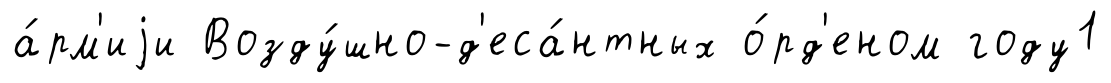
а́рм'иjи Возду́шно-д'еса́нтных о́рд'еном году1